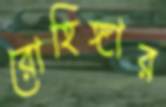
রোহিঙ্গার